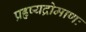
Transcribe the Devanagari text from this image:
प्रहृष्यद्रोमाणः